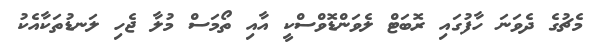
މެޗުގެ ދެވަނަ ހާފުގައި ރޮބަޓް ލެވަންޑޮވްސްކީ އާއި ތޯމަސް މުލާ ޖެހި ލަނޑުތަކާއެކު